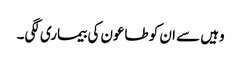
وہیں سے ان کو طاعون کی بیماری لگی۔